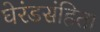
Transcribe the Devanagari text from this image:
घेरंडसंहिता